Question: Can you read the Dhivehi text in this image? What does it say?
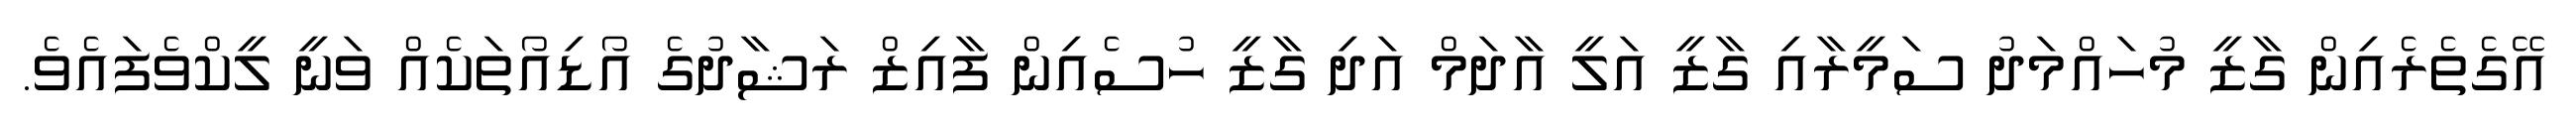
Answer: އޭގެތެރެއިން ގާޒީ މުހައްމަދު ސަމީރާއި ގާޒީ އަލީ އާދަމް އަދި ގާޒީ ހުސެއިން ފާއިޒް ރަޝާދުގެ އޯޑިއޯތަކެއް ވަނީ ލީކްވެފައެވެ.